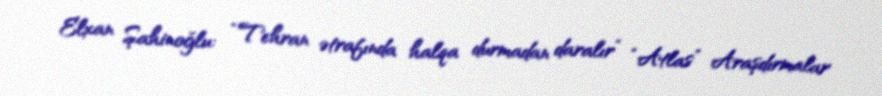
Elxan Şahinoğlu: “Tehran ətrafında halqa durmadan daralır” “Atlas” Araşdırmalar